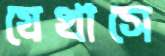
যেখাসে